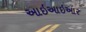
આઇઆઇઆર